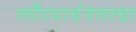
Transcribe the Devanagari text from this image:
लाँगमार्चनंतरचा